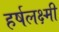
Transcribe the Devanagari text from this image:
हर्षलक्ष्मी